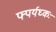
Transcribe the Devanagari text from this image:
फ्पर्यघ्कः